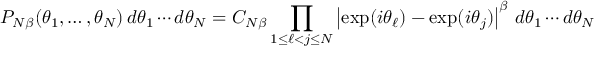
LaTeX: P _ { N \beta } ( \theta _ { 1 } , \ldots , \theta _ { N } ) \, d \theta _ { 1 } \cdots d \theta _ { N } = C _ { N \beta } \prod _ { 1 \leq \ell < j \leq N } \left\vert \exp ( i \theta _ { \ell } ) - \exp ( i \theta _ { j } ) \right\vert ^ { \beta } \, d \theta _ { 1 } \cdots d \theta _ { N }